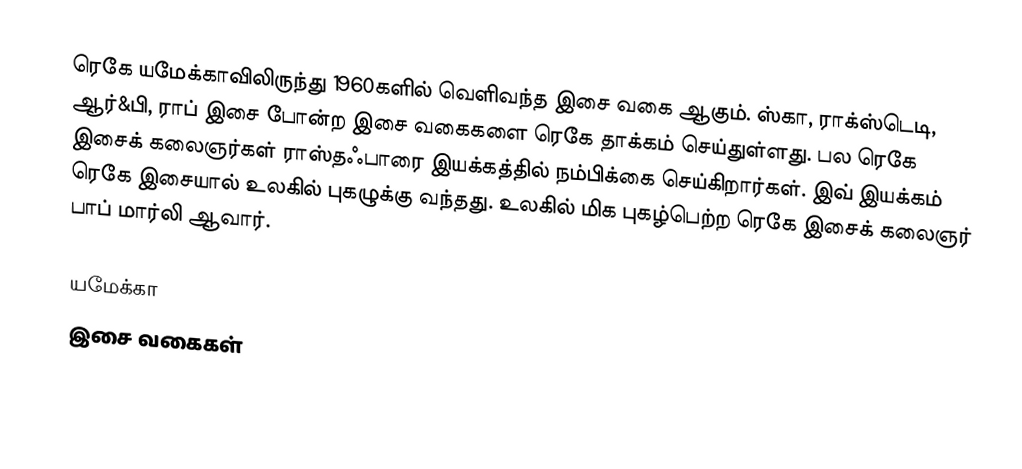
ரெகே யமேக்காவிலிருந்து 1960களில் வெளிவந்த இசை வகை ஆகும். ஸ்கா, ராக்ஸ்டெடி, ஆர்&பி, ராப் இசை போன்ற இசை வகைகளை ரெகே தாக்கம் செய்துள்ளது. பல ரெகே இசைக் கலைஞர்கள் ராஸ்தஃபாரை இயக்கத்தில் நம்பிக்கை செய்கிறார்கள். இவ் இயக்கம் ரெகே இசையால் உலகில் புகழுக்கு வந்தது. உலகில் மிக புகழ்பெற்ற ரெகே இசைக் கலைஞர் பாப் மார்லி ஆவார்.

யமேக்கா
இசை வகைகள்